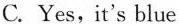
C. Yes, it's blue